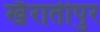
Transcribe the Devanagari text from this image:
खैरातीपुर